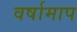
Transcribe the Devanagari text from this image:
वर्षामाप